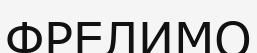
ФРЕЛИМО